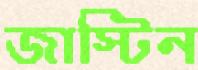
জাস্টিন